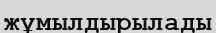
жұмылдырылады